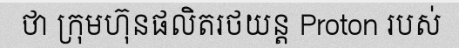
ថា ក្រុមហ៊ុនផលិតរថយន្ត Proton របស់